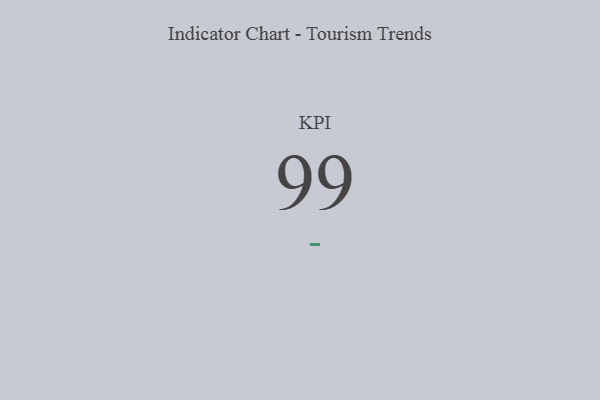
{"axis": {"x": "KPI", "y": "Value"}, "legend": [""], "data": [{"x": "KPI", "y": 99, "type": ""}]}